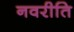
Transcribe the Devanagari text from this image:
नवरीति